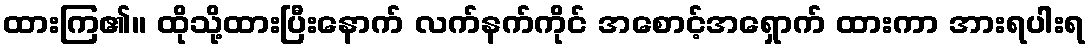
ထားကြ၏။ ထိုသို့ထားပြီးနောက် လက်နက်ကိုင် အစောင့်အရှောက် ထားကာ အားရပါးရ